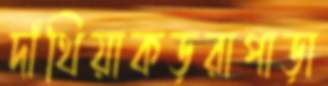
দাঁথিয়াকড়রাপাড়া